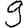
Digit: 9